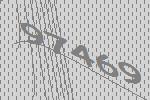
97469